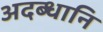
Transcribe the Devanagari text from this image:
अदब्धानि